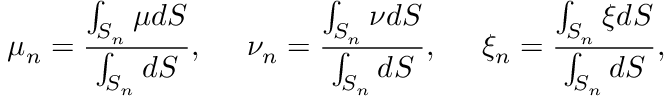
\mu _ { n } = \frac { \int _ { S _ { n } } \mu d S } { \int _ { S _ { n } } d S } , \; \; \; \; \; \nu _ { n } = \frac { \int _ { S _ { n } } \nu d S } { \int _ { S _ { n } } d S } , \; \; \; \; \; \xi _ { n } = \frac { \int _ { S _ { n } } \xi d S } { \int _ { S _ { n } } d S } ,